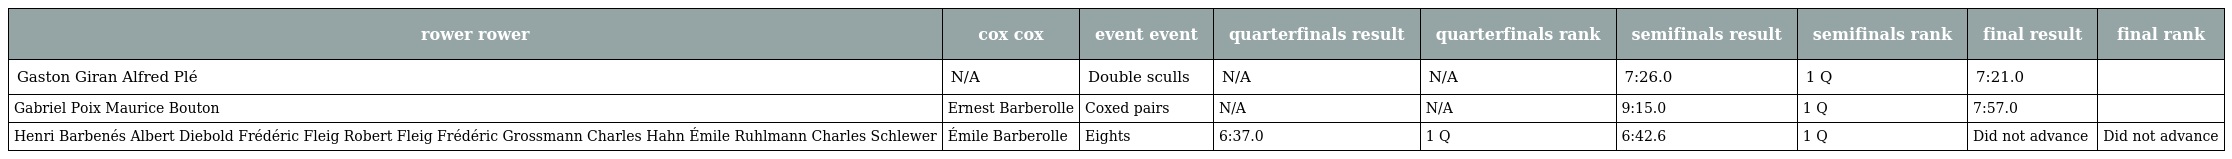
| rower rower | cox cox | event event | quarterfinals result | quarterfinals rank | semifinals result | semifinals rank | final result | final rank |
 | --- | --- | --- | --- | --- | --- | --- | --- | --- |
 | Gaston Giran Alfred Plé | N/A | Double sculls | N/A | N/A | 7:26.0 | 1 Q | 7:21.0 |  |
 | Gabriel Poix Maurice Bouton | Ernest Barberolle | Coxed pairs | N/A | N/A | 9:15.0 | 1 Q | 7:57.0 |  |
 | Henri Barbenés Albert Diebold Frédéric Fleig Robert Fleig Frédéric Grossmann Charles Hahn Émile Ruhlmann Charles Schlewer | Émile Barberolle | Eights | 6:37.0 | 1 Q | 6:42.6 | 1 Q | Did not advance | Did not advance |